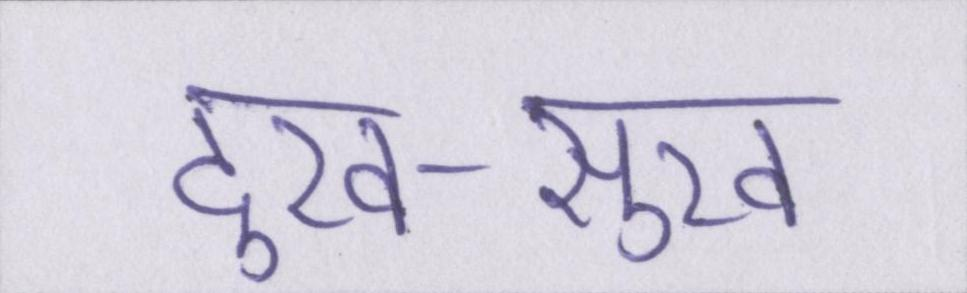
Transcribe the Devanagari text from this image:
दुख-सुख